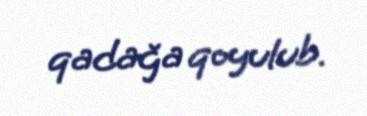
qadağa qoyulub.